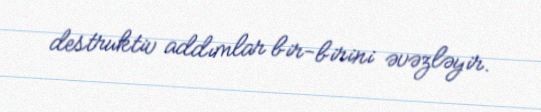
destruktiv addımlar bir-birini əvəzləyir.